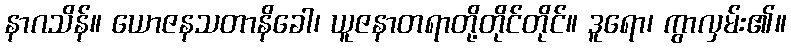
နာဂသိန်။ ယောဇနသတာနိခေါ၊ ယူဇနာတရာတို့တိုင်တိုင်။ ဒူရော၊ ကွာလှမ်း၏။